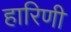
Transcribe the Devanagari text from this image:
हारिणी